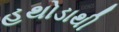
હથોડાથી